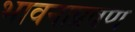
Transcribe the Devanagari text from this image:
भावनाप्रवण